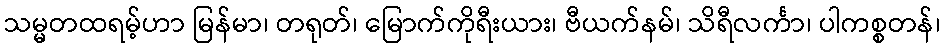
သမ္မတထရမ့်ဟာ မြန်မာ၊ တရုတ်၊ မြောက်ကိုရီးယား၊ ဗီယက်နမ်၊ သိရီလင်္ကာ၊ ပါကစ္စတန်၊